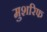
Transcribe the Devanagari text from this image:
मुशरिफ